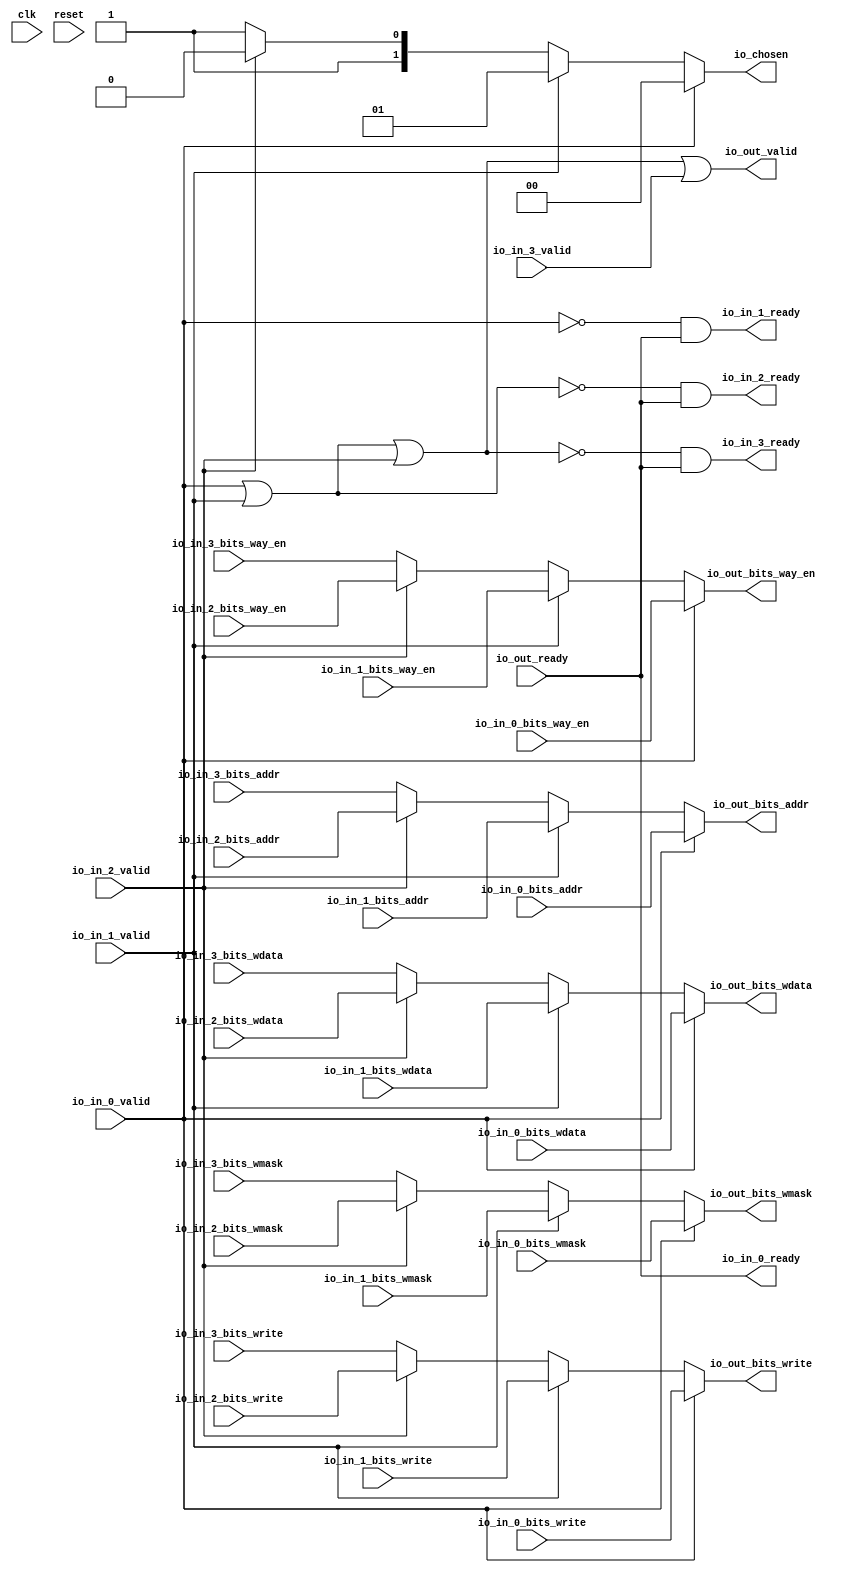
// Copyright (c) 2017, Microsemi Corporation
// All rights reserved.
//
// Redistribution and use in source and binary forms, with or without
// modification, are permitted provided that the following conditions are met:
//     * Redistributions of source code must retain the above copyright
//       notice, this list of conditions and the following disclaimer.
//     * Redistributions in binary form must reproduce the above copyright
//       notice, this list of conditions and the following disclaimer in the
//       documentation and/or other materials provided with the distribution.
//     * Neither the name of the <organization> nor the
//       names of its contributors may be used to endorse or promote products
//       derived from this software without specific prior written permission.
//
// THIS SOFTWARE IS PROVIDED BY THE COPYRIGHT HOLDERS AND CONTRIBUTORS "AS IS" AND
// ANY EXPRESS OR IMPLIED WARRANTIES, INCLUDING, BUT NOT LIMITED TO, THE IMPLIED
// WARRANTIES OF MERCHANTABILITY AND FITNESS FOR A PARTICULAR PURPOSE ARE
// DISCLAIMED. IN NO EVENT SHALL MICROSEMI CORPORATIONM BE LIABLE FOR ANY
// DIRECT, INDIRECT, INCIDENTAL, SPECIAL, EXEMPLARY, OR CONSEQUENTIAL DAMAGES
// (INCLUDING, BUT NOT LIMITED TO, PROCUREMENT OF SUBSTITUTE GOODS OR SERVICES;
// LOSS OF USE, DATA, OR PROFITS; OR BUSINESS INTERRUPTION) HOWEVER CAUSED AND
// ON ANY THEORY OF LIABILITY, WHETHER IN CONTRACT, STRICT LIABILITY, OR TORT
// (INCLUDING NEGLIGENCE OR OTHERWISE) ARISING IN ANY WAY OUT OF THE USE OF THIS
// SOFTWARE, EVEN IF ADVISED OF THE POSSIBILITY OF SUCH DAMAGE.
//
// Description:
//
// SVN Revision Information:
// SVN $Revision: 29484 $
// SVN $Date: 2017-03-31 09:57:25 +0100 (Fri, 31 Mar 2017) $
//
// Resolved SARs
// SAR      Date     Who   Description
//
// Notes:
//
// ****************************************************************************/
`define RANDOMIZE
`timescale 1ns/10ps
module PROC_SUBSYSTEM_CORERISCV_AXI4_0_CORERISCV_AXI4_ARBITER_2(
  input   clk,
  input   reset,
  output  io_in_0_ready,
  input   io_in_0_valid,
  input  [12:0] io_in_0_bits_addr,
  input   io_in_0_bits_write,
  input  [63:0] io_in_0_bits_wdata,
  input  [7:0] io_in_0_bits_wmask,
  input   io_in_0_bits_way_en,
  output  io_in_1_ready,
  input   io_in_1_valid,
  input  [12:0] io_in_1_bits_addr,
  input   io_in_1_bits_write,
  input  [63:0] io_in_1_bits_wdata,
  input  [7:0] io_in_1_bits_wmask,
  input   io_in_1_bits_way_en,
  output  io_in_2_ready,
  input   io_in_2_valid,
  input  [12:0] io_in_2_bits_addr,
  input   io_in_2_bits_write,
  input  [63:0] io_in_2_bits_wdata,
  input  [7:0] io_in_2_bits_wmask,
  input   io_in_2_bits_way_en,
  output  io_in_3_ready,
  input   io_in_3_valid,
  input  [12:0] io_in_3_bits_addr,
  input   io_in_3_bits_write,
  input  [63:0] io_in_3_bits_wdata,
  input  [7:0] io_in_3_bits_wmask,
  input   io_in_3_bits_way_en,
  input   io_out_ready,
  output  io_out_valid,
  output [12:0] io_out_bits_addr,
  output  io_out_bits_write,
  output [63:0] io_out_bits_wdata,
  output [7:0] io_out_bits_wmask,
  output  io_out_bits_way_en,
  output [1:0] io_chosen
);
  wire [1:0] GEN_0;
  wire [12:0] GEN_1;
  wire  GEN_2;
  wire [63:0] GEN_3;
  wire [7:0] GEN_4;
  wire  GEN_5;
  wire [1:0] GEN_6;
  wire [12:0] GEN_7;
  wire  GEN_8;
  wire [63:0] GEN_9;
  wire [7:0] GEN_10;
  wire  GEN_11;
  wire [1:0] GEN_12;
  wire [12:0] GEN_13;
  wire  GEN_14;
  wire [63:0] GEN_15;
  wire [7:0] GEN_16;
  wire  GEN_17;
  wire  T_2025;
  wire  T_2026;
  wire  T_2028;
  wire  T_2030;
  wire  T_2032;
  wire  T_2034;
  wire  T_2035;
  wire  T_2036;
  wire  T_2038;
  wire  T_2039;
  assign io_in_0_ready = io_out_ready;
  assign io_in_1_ready = T_2034;
  assign io_in_2_ready = T_2035;
  assign io_in_3_ready = T_2036;
  assign io_out_valid = T_2039;
  assign io_out_bits_addr = GEN_13;
  assign io_out_bits_write = GEN_14;
  assign io_out_bits_wdata = GEN_15;
  assign io_out_bits_wmask = GEN_16;
  assign io_out_bits_way_en = GEN_17;
  assign io_chosen = GEN_12;
  assign GEN_0 = io_in_2_valid ? 2'h2 : 2'h3;
  assign GEN_1 = io_in_2_valid ? io_in_2_bits_addr : io_in_3_bits_addr;
  assign GEN_2 = io_in_2_valid ? io_in_2_bits_write : io_in_3_bits_write;
  assign GEN_3 = io_in_2_valid ? io_in_2_bits_wdata : io_in_3_bits_wdata;
  assign GEN_4 = io_in_2_valid ? io_in_2_bits_wmask : io_in_3_bits_wmask;
  assign GEN_5 = io_in_2_valid ? io_in_2_bits_way_en : io_in_3_bits_way_en;
  assign GEN_6 = io_in_1_valid ? 2'h1 : GEN_0;
  assign GEN_7 = io_in_1_valid ? io_in_1_bits_addr : GEN_1;
  assign GEN_8 = io_in_1_valid ? io_in_1_bits_write : GEN_2;
  assign GEN_9 = io_in_1_valid ? io_in_1_bits_wdata : GEN_3;
  assign GEN_10 = io_in_1_valid ? io_in_1_bits_wmask : GEN_4;
  assign GEN_11 = io_in_1_valid ? io_in_1_bits_way_en : GEN_5;
  assign GEN_12 = io_in_0_valid ? 2'h0 : GEN_6;
  assign GEN_13 = io_in_0_valid ? io_in_0_bits_addr : GEN_7;
  assign GEN_14 = io_in_0_valid ? io_in_0_bits_write : GEN_8;
  assign GEN_15 = io_in_0_valid ? io_in_0_bits_wdata : GEN_9;
  assign GEN_16 = io_in_0_valid ? io_in_0_bits_wmask : GEN_10;
  assign GEN_17 = io_in_0_valid ? io_in_0_bits_way_en : GEN_11;
  assign T_2025 = io_in_0_valid | io_in_1_valid;
  assign T_2026 = T_2025 | io_in_2_valid;
  assign T_2028 = io_in_0_valid == 1'h0;
  assign T_2030 = T_2025 == 1'h0;
  assign T_2032 = T_2026 == 1'h0;
  assign T_2034 = T_2028 & io_out_ready;
  assign T_2035 = T_2030 & io_out_ready;
  assign T_2036 = T_2032 & io_out_ready;
  assign T_2038 = T_2032 == 1'h0;
  assign T_2039 = T_2038 | io_in_3_valid;
endmodule